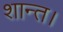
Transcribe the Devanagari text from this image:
शान्त।